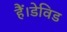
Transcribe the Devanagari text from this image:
हैं।डेविड